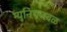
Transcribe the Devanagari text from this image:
म्युनिचजवळ